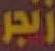
زنجر